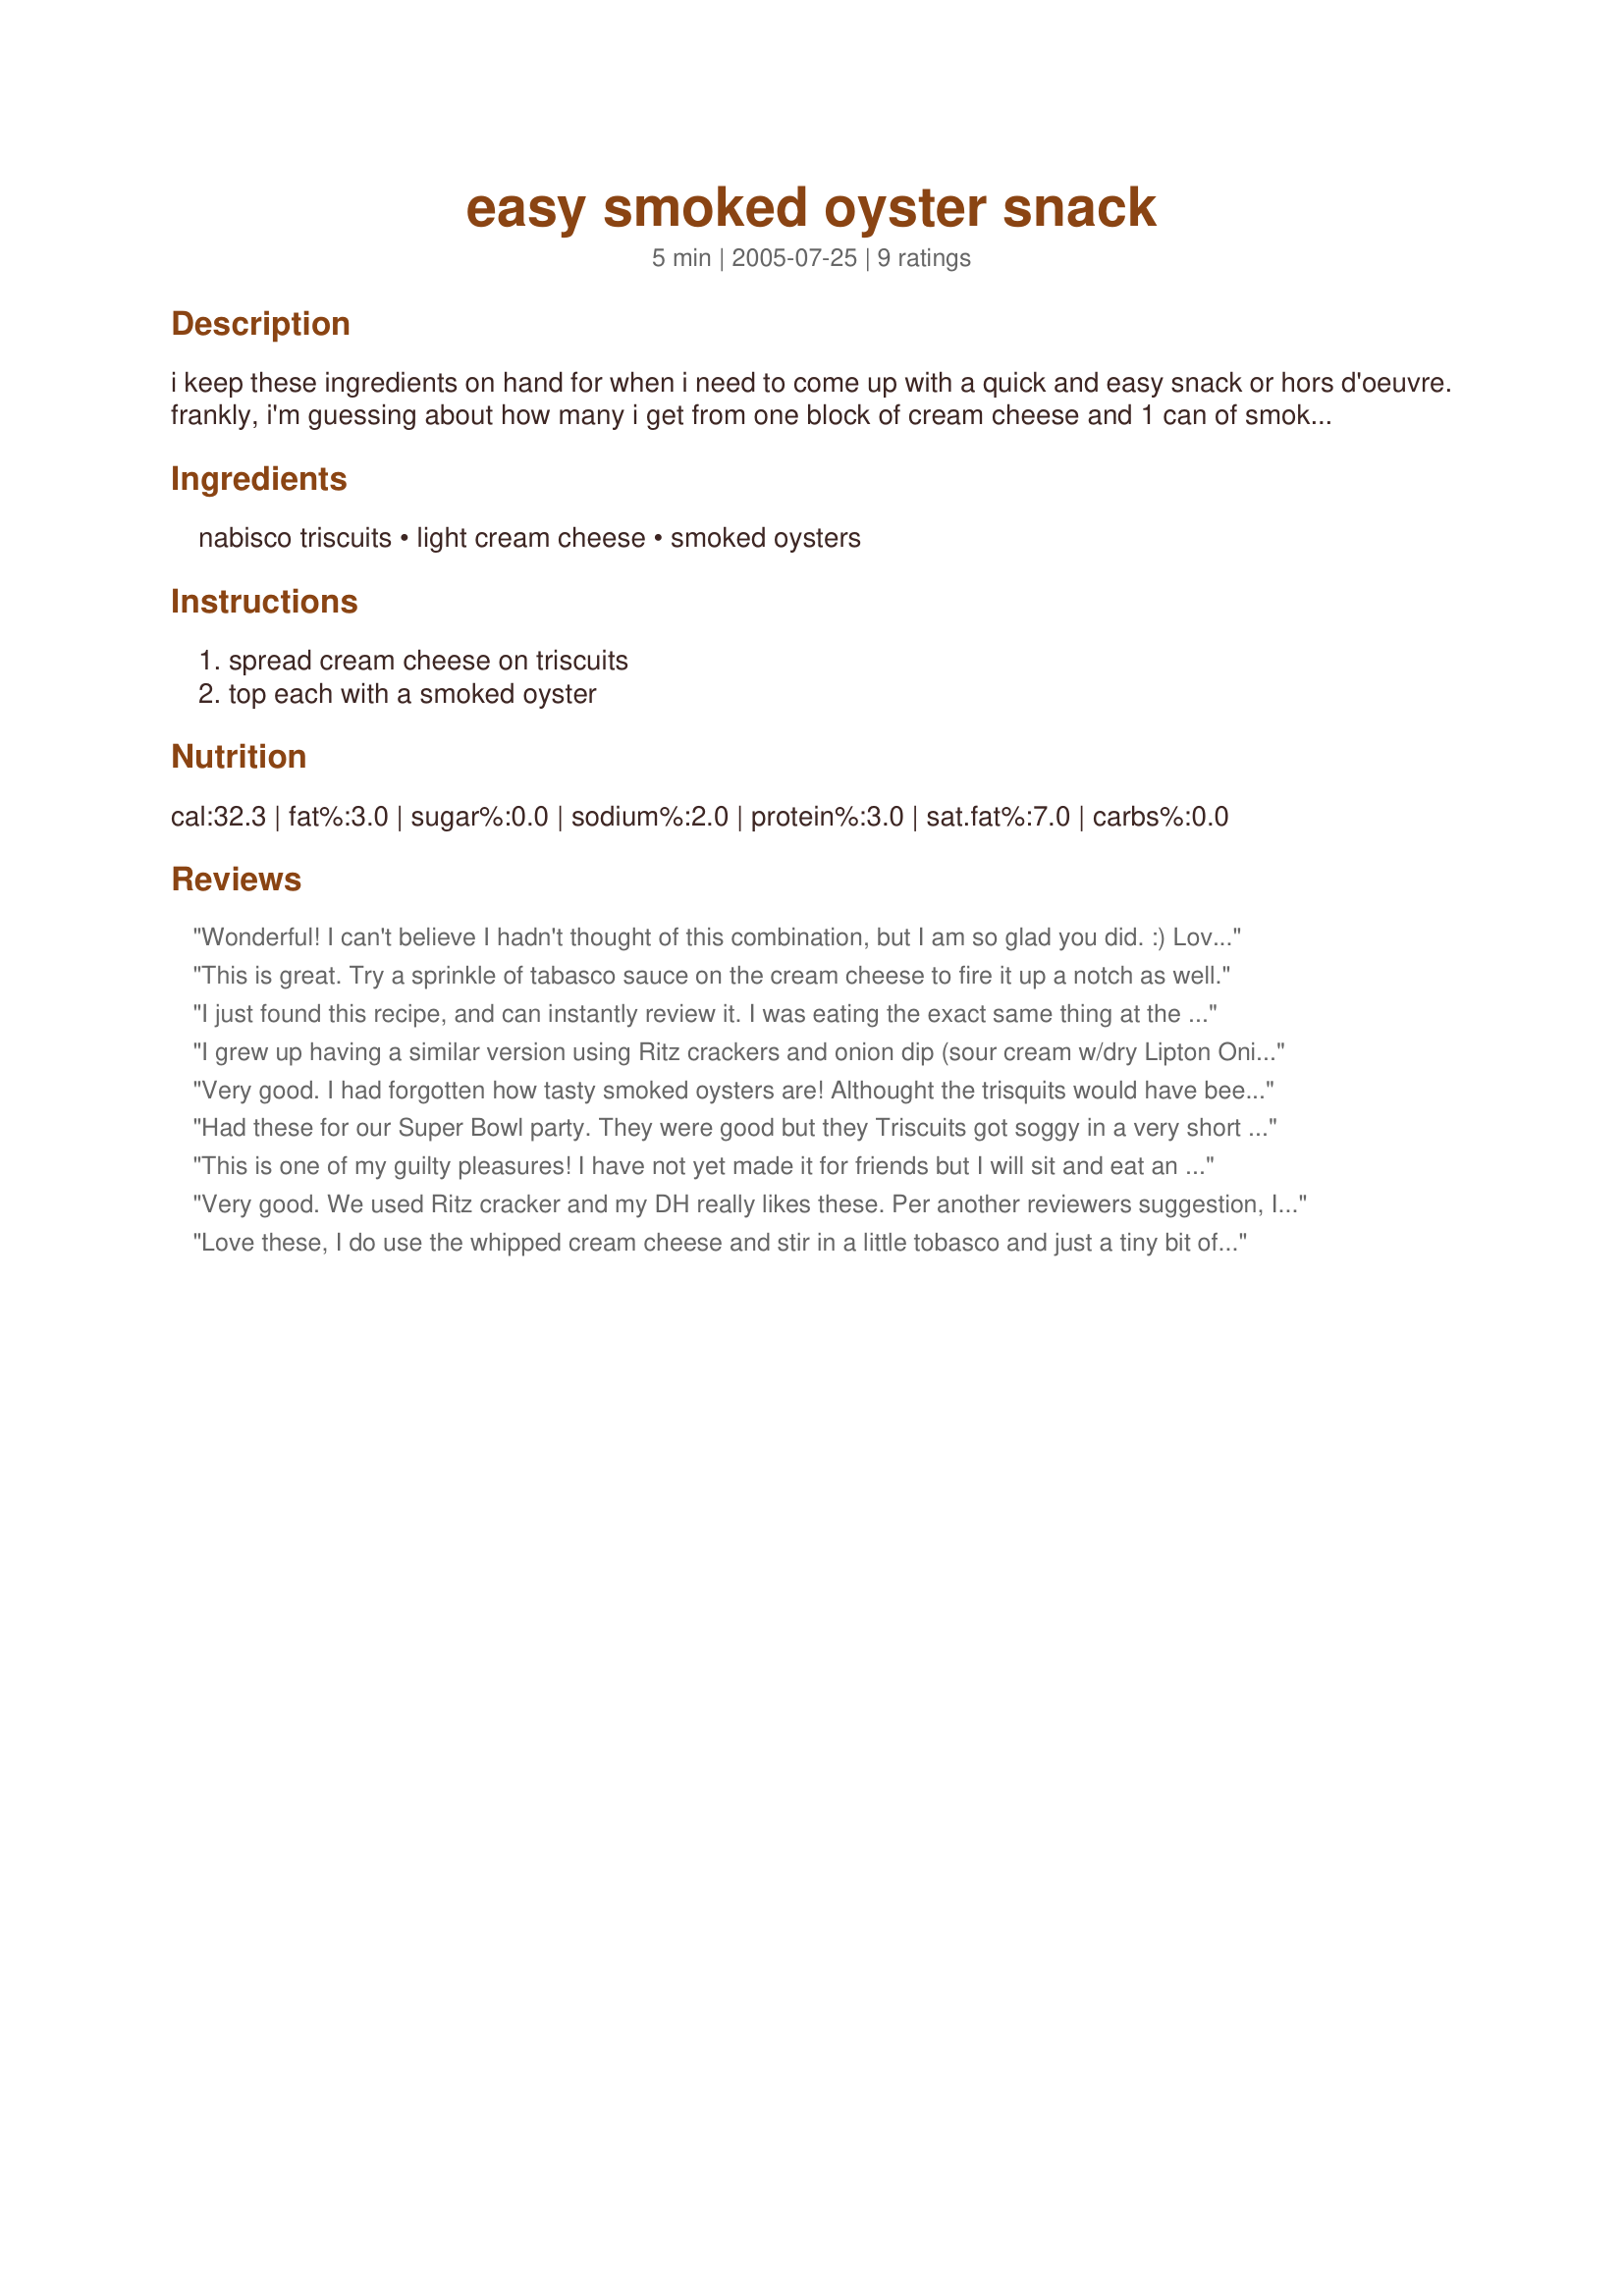
easy smoked oyster snack
Preparation time: 5 minutes

i keep these ingredients on hand for when i need to come up with a quick and easy snack or hors d'oeuvre. frankly, i'm guessing about how many i get from one block of cream cheese and 1 can of smoked oysters. i just keep going until one of the ingredients is used up or until i have all i need for the occasion.

Ingredients:
nabisco triscuits, light cream cheese, smoked oysters

Steps:
spread cream cheese on triscuits, top each with a smoked oyster

Reviews:
Wonderful! I can't believe I hadn't thought of this combination, but I am so glad you did. :) Loved them--thanks for posting!
This is great. Try a sprinkle of tabasco sauce on the cream cheese to fire it up a notch as well.
I just found this recipe, and can instantly review it. I was eating the exact same thing at the time! This is one of my favourite ways to eat smoked oysters, though the crackers or type of cheese may change.
I grew up having a similar version using Ritz crackers and onion dip (sour cream w/dry Lipton Onion Soup &amp; Dip Mix) and topped with smoked oysters. I can&#039;t imagine Thanksgiving or Christmas without this wonderful appetizer!
Very good. I had forgotten how tasty smoked oysters are! Althought the trisquits would have been great, I used sliced french bread. I added a few drops of pick-a-peppa hot sauce to each one, but it would have been great without. I will definitely make this again. 


Had these for our Super Bowl party. They were good but they Triscuits got soggy in a very short time. Think this was because I used whipped cream cheese. Next time I will use the regular kind that the recipe called for. Then they will be excellent.
This is one of my guilty pleasures! I have not yet made it for friends but I will sit and eat an entire can of smoked oysters this way all by myself! I like to use whipped cream cheese so I don't break too many crackers. Great with a glass of red wine! Thinly sliced baggette works well too.
Very good. We used Ritz cracker and my DH really likes these. Per another reviewers suggestion, I will try tabasco next time. Thanks for posting.
Love these, I do use the whipped cream cheese and stir in a little tobasco and just a tiny bit of lemon juice first before dolloping on the triscuit. The little bit of heat and the citrus cuts through and enhances the flavors of the rich cream cheese and the smoky oyster, delicious.
